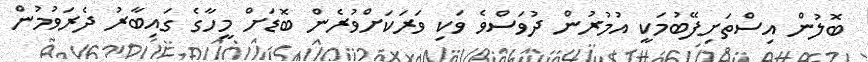
ބޮލުން އިސްތަށިފޭބުމަކީ އުމުރުން ދުވަސްވެ ވަކި ވަރަކަށްވުރެން ބޮޑަށް މީހާގެ ގައިބާރު ދެރަވުމުން